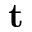
\textbf { t }